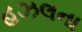
હઝલના